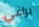
براغي